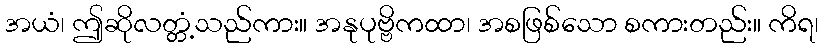
အယံ၊ ဤဆိုလတ္တံ့သည်ကား။ အနုပုဗ္ဗိကထာ၊ အစဖြစ်သော စကားတည်း။ ကိရ၊